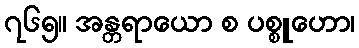
၇၆၅။ အန္တရာယော စ ပစ္စူဟော၊